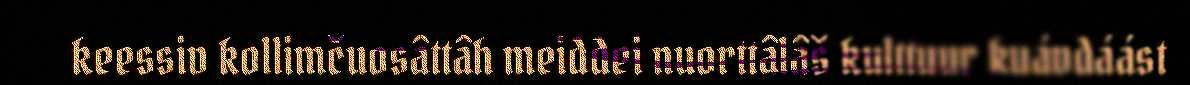
keessiv kollimčuosâttâh meiddei nuorttâlâš kulttuur kuávdáást